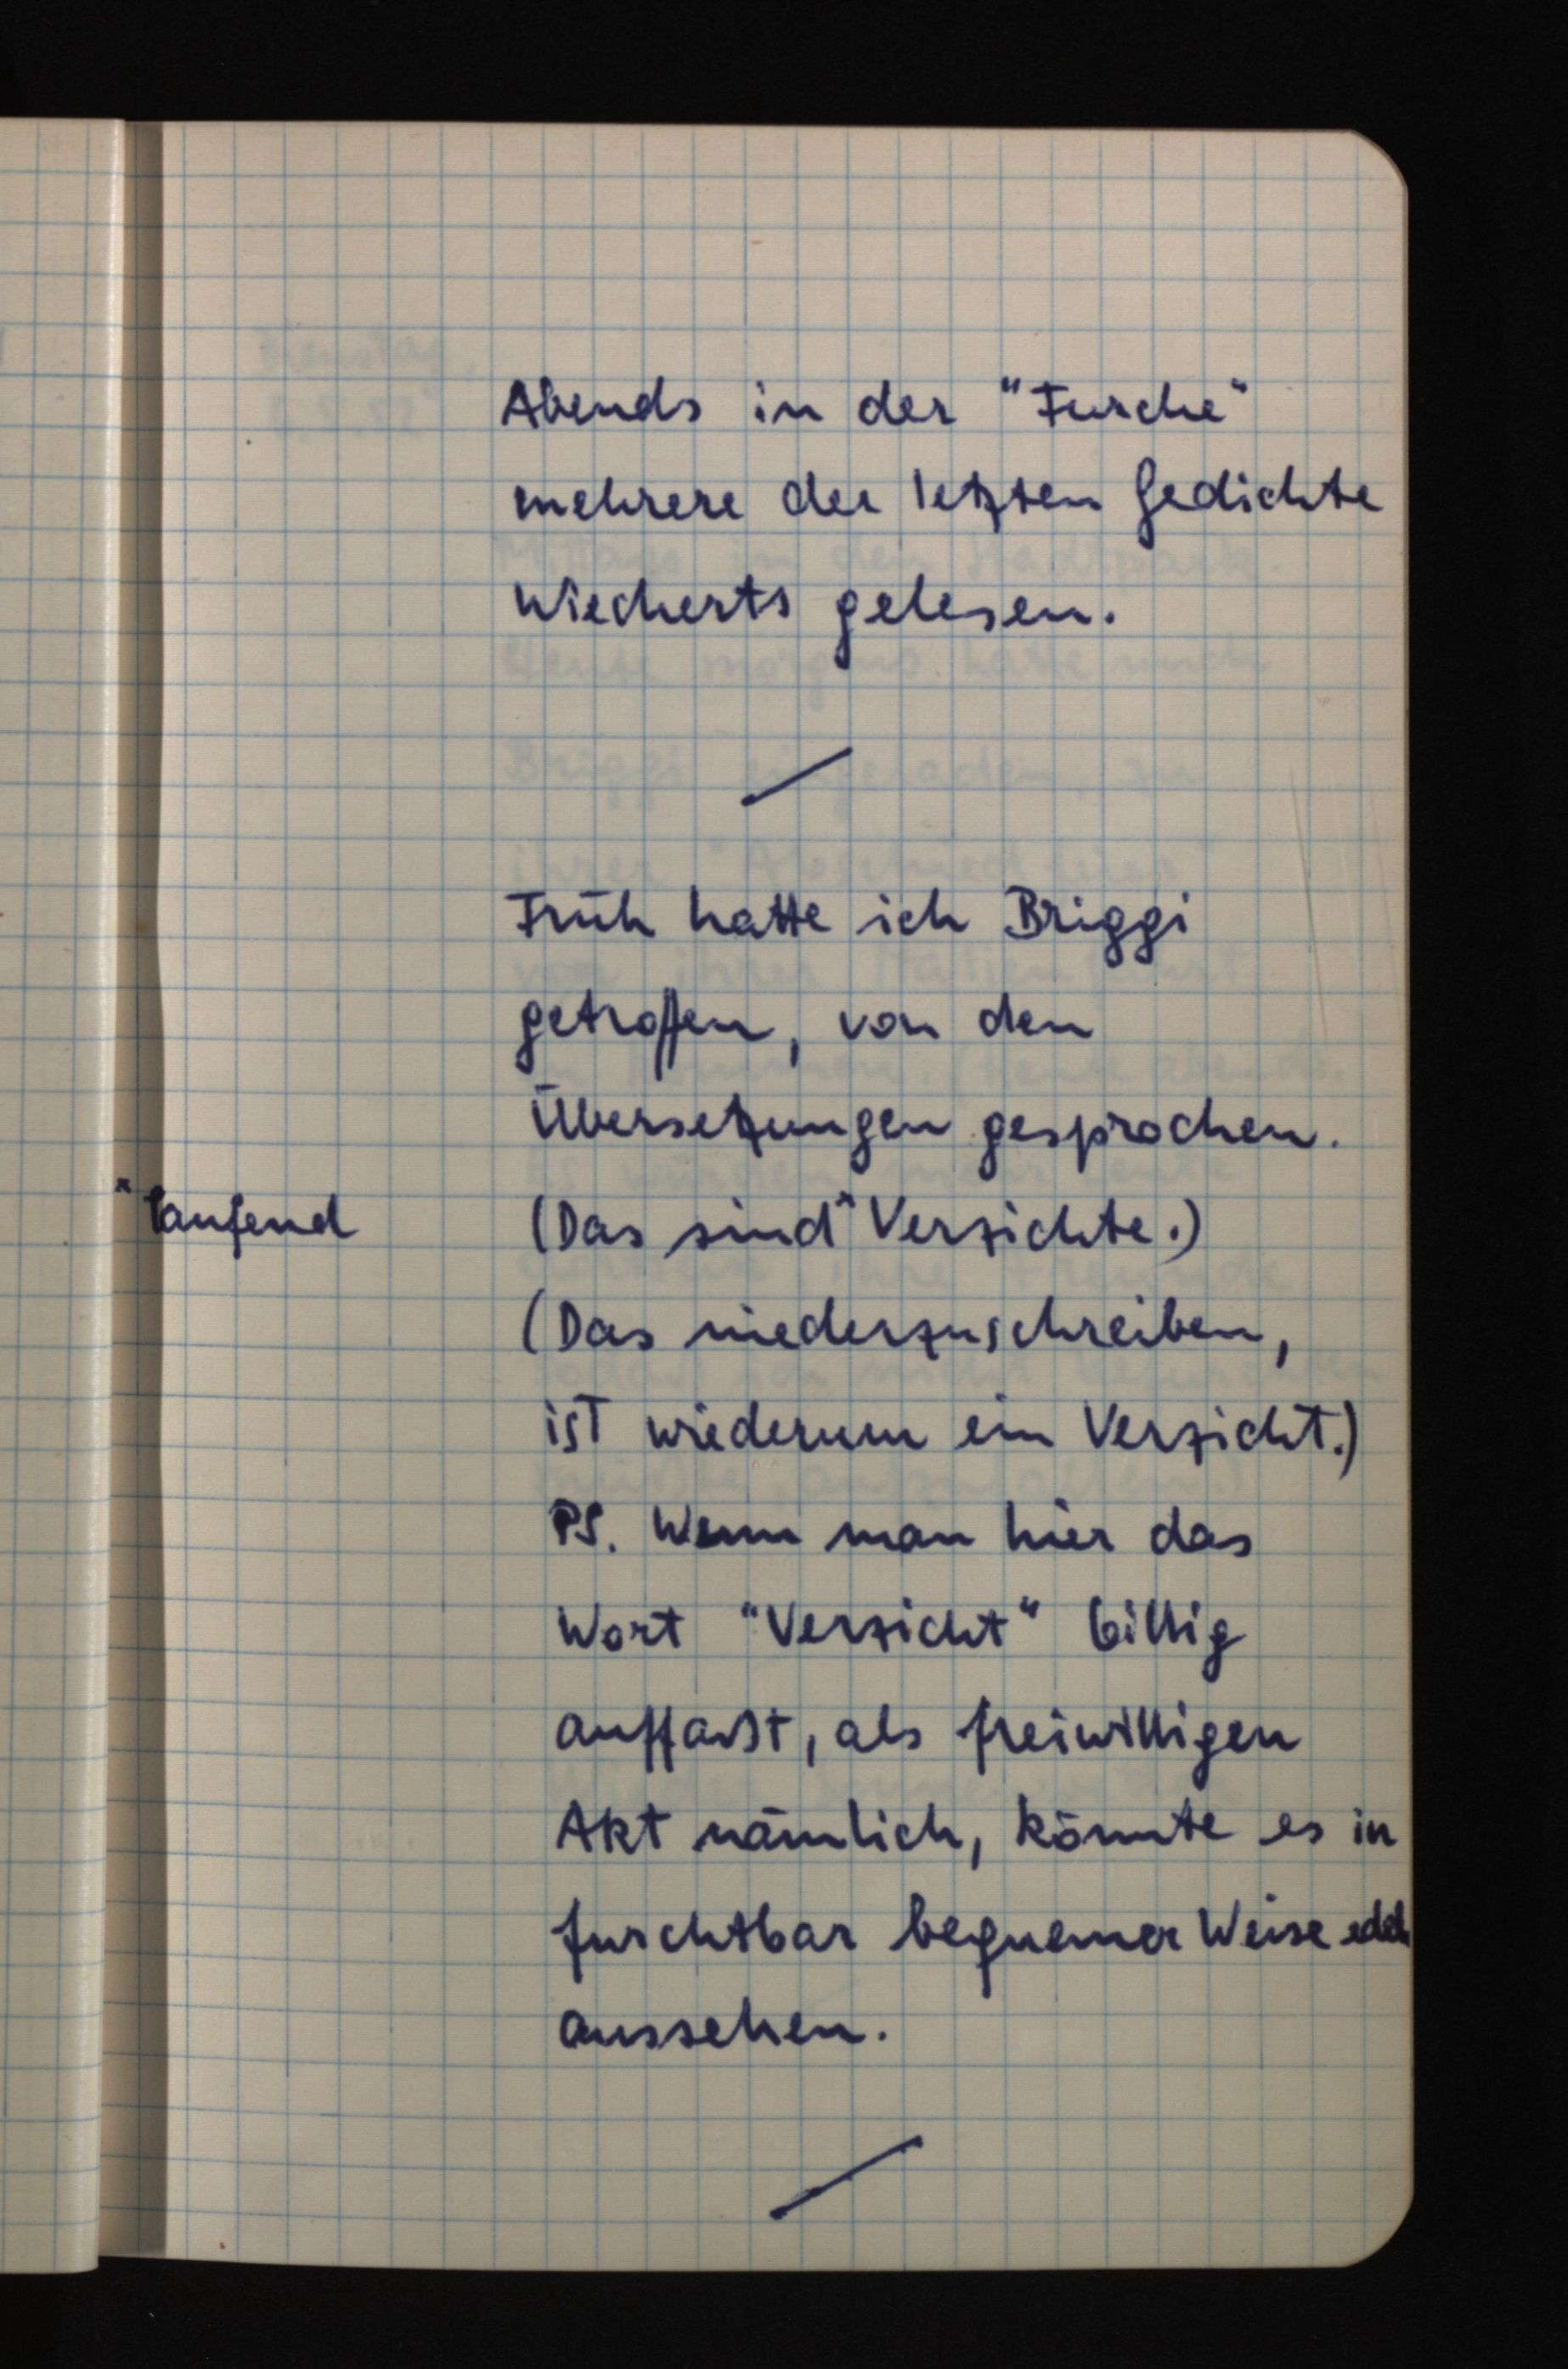
Abends in der "Furche"
mehrere der letzten Gedichte
Wiecherts gelesen.
Früh hatte ich Briggi
getroffen, von den
Übersetzungen gesprochen.
(Das sind x Verzichte.)
(Das niederzuschreiben,
ist wiederum ein Verzicht.)
PS. Wenn man hier das
Wort "Verzicht" billig
auffaßt, als freiwilligen
Akt nämlich, könnte es in
furchtbar bequemer Weise edel
aussehen.

x laufend